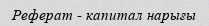
Реферат - капитал нарығы